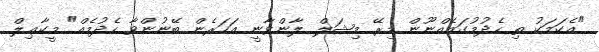
"އެކަމަކު ތި ހެދުމުގައެއްނޫން މިރޭ މިޝަލް ލާންވާނީ އަހަރެން ބޭނުންވާ ހެދުމެއް" މީކާޢިލް